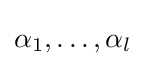
\alpha _{1},\dots ,\alpha _{l}